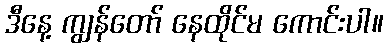
ဒီနေ့ ကျွန်တော် နေထိုင်မ ကောင်းပါ။